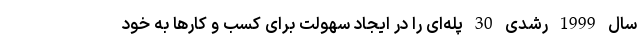
سال 1999 رشدی 30 پله‌ای را در ایجاد سهولت برای کسب و کارها به خود